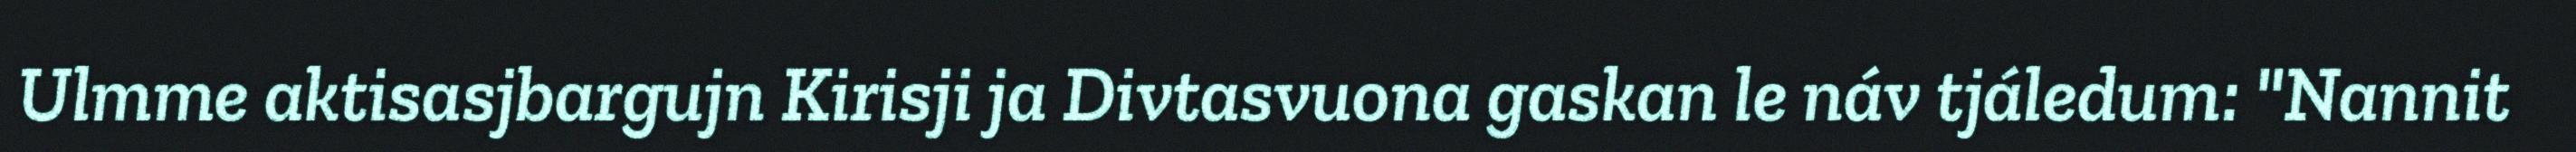
Ulmme aktisasjbargujn Kirisji ja Divtasvuona gaskan le náv tjáledum: "Nannit